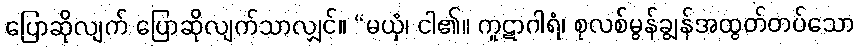
ပြောဆိုလျက် ပြောဆိုလျက်သာလျှင်။ “မယှံ၊ ငါ၏။ ကူဋာဂါရံ၊ စုလစ်မွန်ချွန်အထွတ်တပ်သော